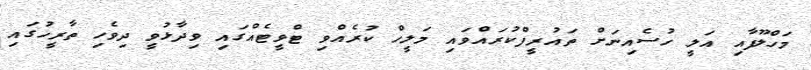
މަހްލޫފާއި އަލީ ހުސެއިނަށް ތައުރީފްކުރައްވައި މަލީހް ކުރެއްވި ޓްވީޓެއްގައި ވިދާޅުވީ ދިވެހި ތާރީހުގައި